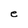
Character: e